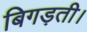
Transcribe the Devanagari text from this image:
बिगड़ती।